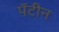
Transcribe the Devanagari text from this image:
पॅटीन